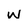
Character: w